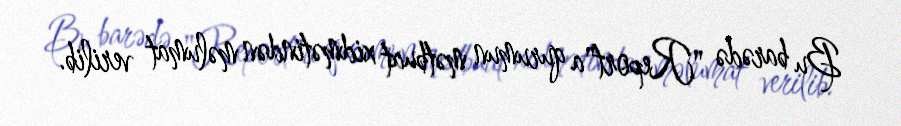
Bu barədə "Report"a qurumun mətbuat xidmətindən məlumat verilib.